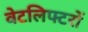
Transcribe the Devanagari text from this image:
वेटलिफ्टरों